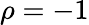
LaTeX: \rho=-1